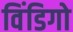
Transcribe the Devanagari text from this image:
विंडिगो